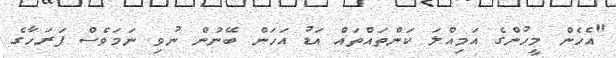
"އެހެން މީހުންގެ އަމިއްލަ ކަންތައްތައް އަޑު އަހަން ބޭނުން ނުވި ނަމަވެސް ފަރަހާގެ